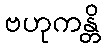
ဗဟုကန္တိ